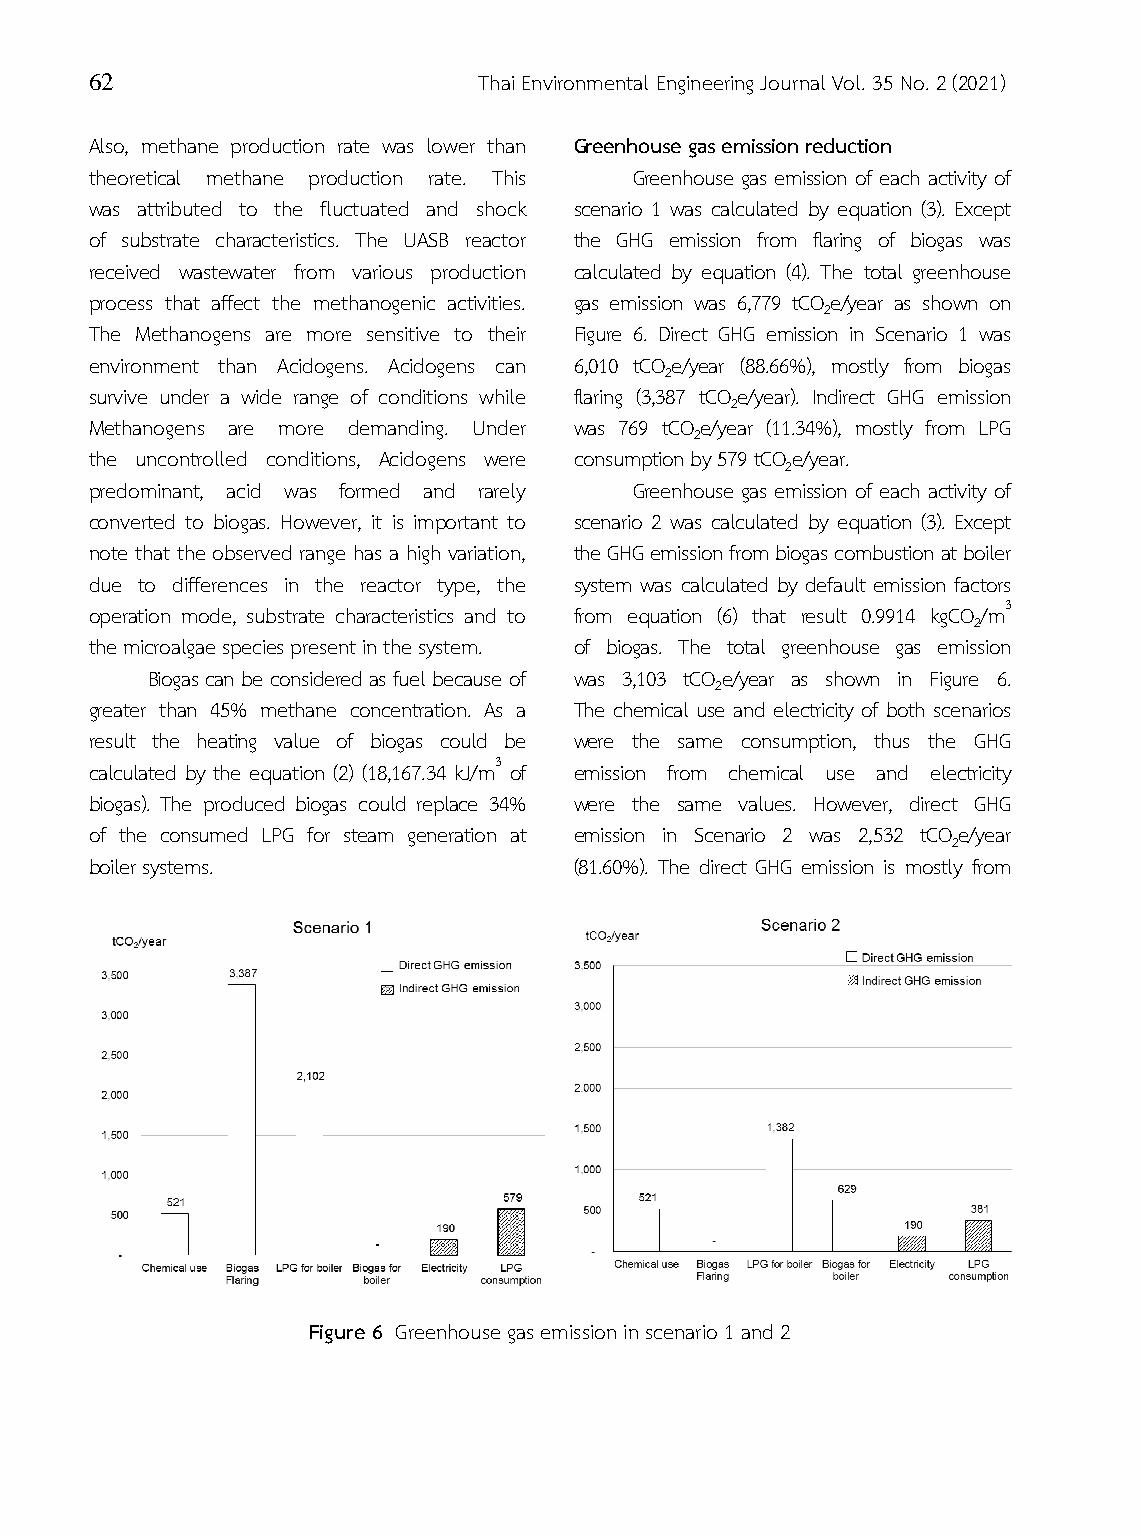
62                        Thai Environmental Engineering Journal Vol. 35 No. 2 (2021)
 Also, methane production rate was lower than Greenhouse gas emission reduction
 theoretical methane production rate. This Greenhouse gas emission of each activity of
 was attributed to the fluctuated and shock scenario 1 was calculated by equation (3). Except
 of substrate characteristics. The UASB reactor the GHG emission from flaring of biogas was
 received wastewater from various production calculated by equation (4). The total greenhouse
 process that affect the methanogenic activities. gas emission was 6,779 tCOe/year as shown on
 2
 The Methanogens are more sensitive to their Figure 6. Direct GHG emission in Scenario 1 was
 environment than Acidogens. Acidogens can 6,010 tCOe/year (88.66%), mostly from biogas
 2
 survive under a wide range of conditions while flaring (3,387 tCOe/year). Indirect GHG emission
 2
 Methanogens are more demanding. Under was 769 tCOe/year (11.34%), mostly from LPG
 2
 the uncontrolled conditions, Acidogens were consumption by 579 tCOe/year.
 2
 predominant, acid was formed and rarely Greenhouse gas emission of each activity of
 converted to biogas. However, it is important to scenario 2 was calculated by equation (3). Except
 note that the observed range has a high variation, the GHG emission from biogas combustion at boiler
 due to differences in the reactor type, the system was calculated by default emission factors
 operation mode, substrate characteristics and to from equation (6) that result 0.9914 kgCO/m3
 2
 the microalgae species present in the system. of biogas. The total greenhouse gas emission
 Biogas can be considered as fuel because of was 3,103 tCOe/year as shown in Figure 6.
 2
 greater than 45% methane concentration. As a The chemical use and electricity of both scenarios
 result the heating value of biogas could be were the same consumption, thus the GHG
 calculated by the equation (2) (18,167.34 kJ/m3 of emission from chemical use and electricity
 biogas). The produced biogas could replace 34% were the same values. However, direct GHG
 of the consumed LPG for steam generation at emission in Scenario 2 was 2,532 tCOe/year
 2
 boiler systems.                 (81.60%). The direct GHG emission is mostly from
 Figure 6 Greenhouse gas emission in scenario 1 and 2